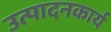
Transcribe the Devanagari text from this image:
उत्पादनकार्य